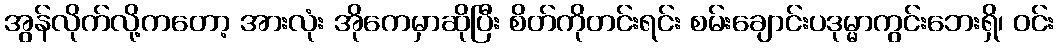
အွန်လိုက်လို့ကတော့ အားလုံး အိုကေမှာဆိုပြီး စိတ်ကိုတင်းရင်း စမ်းချောင်းပဒုမ္မာကွင်းဘေးရှိ၊ ဝင်း